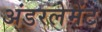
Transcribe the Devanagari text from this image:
अंडरलेमेंट